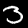
Label: 3